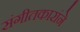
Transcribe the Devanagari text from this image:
संगीतकारांने